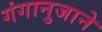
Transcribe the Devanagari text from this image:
गंगानुजाने